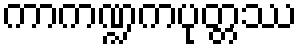
ကာကဏ္ဍကပုတ္တဿ